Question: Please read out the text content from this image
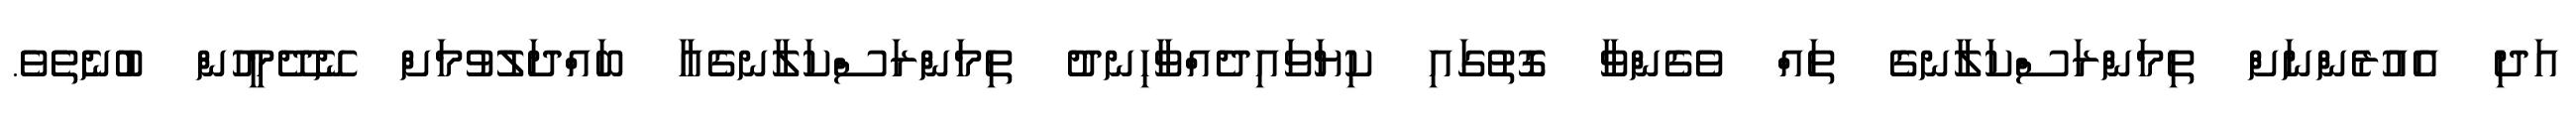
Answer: އަދި އެއުރެންނަށް ތިމަންރަސްކަލާނގެ ތައް ވެގެންވާ ގޮތުގައި ކިޔަވައިދެއްވާހިނދު ތިމަންރަސްކަލާނގެއާ ބައްދަލުވުމަށް ނޭދޭމީހުން ބުނެތެވެ.